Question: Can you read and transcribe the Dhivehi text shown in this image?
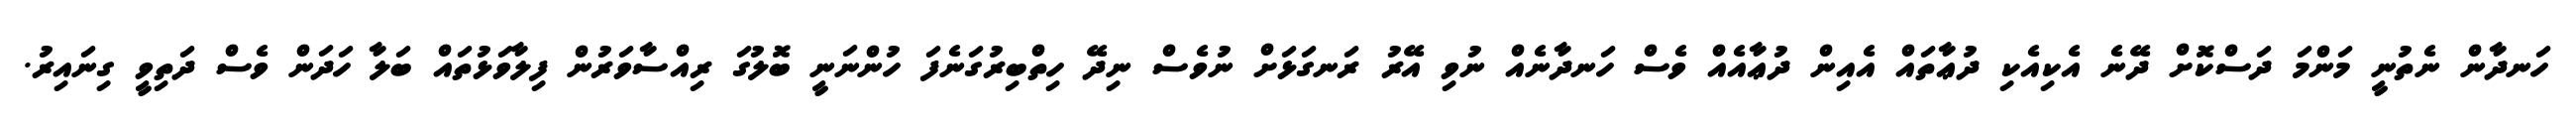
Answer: ހަނދާން ނެތުނީ މަންމަ ދަސްކޮށް ދޭނެ އެކިއެކި ދުޢާތައް އެއިން ދުޢާއެއް ވެސް ހަނދާނެއް ނުވި އޭރު ރަނގަޅަށް ނުވެސް ނިދޭ ހިތްބިރުގަނެފަ ހުންނަނީ ބޮލުގަ ރިއްސާވަރުން ފިލާވަޅުތައް ބަލާ ހަދަން ވެސް ދަތިވީ ގިނައިރު.